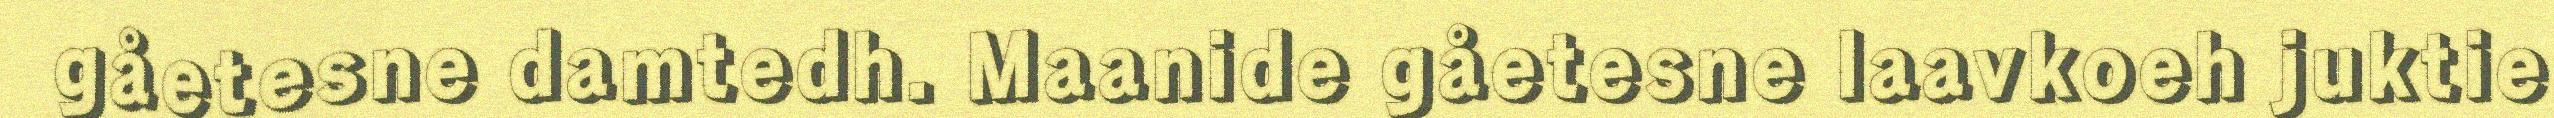
gåetesne damtedh. Maanide gåetesne laavkoeh juktie